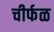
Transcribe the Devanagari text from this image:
चीर्फळ